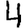
Digit: 4